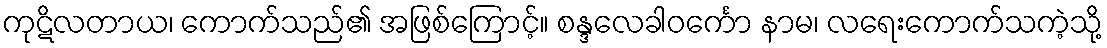
ကုဋိလတာယ၊ ကောက်သည်၏ အဖြစ်ကြောင့်။ စန္ဒလေခါဝင်္ကော နာမ၊ လရေးကောက်သကဲ့သို့